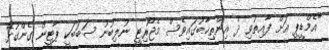
"އެމްޑީޕީ އަށް ފާއިތުވި ދެ އިންތިޚާބުގައިވެސް މެޖޯރިޓީ ނުލިބުނު ސަބަބަކީ ޕާޓީން ގެންގުޅޭ